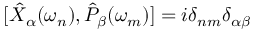
[ \hat { X } _ { \alpha } ( \omega _ { n } ) , \hat { P } _ { \beta } ( \omega _ { m } ) ] = i \delta _ { n m } \delta _ { \alpha \beta }